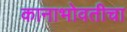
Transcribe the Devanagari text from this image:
कानाभोवतीचा